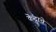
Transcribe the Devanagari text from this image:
कॆंद्राचे